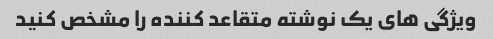
ویژگی های یک نوشته متقاعد کننده را مشخص کنید